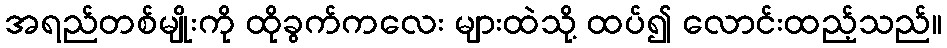
အရည်တစ်မျိုးကို ထိုခွက်ကလေး များထဲသို့ ထပ်၍ လောင်းထည့်သည်။